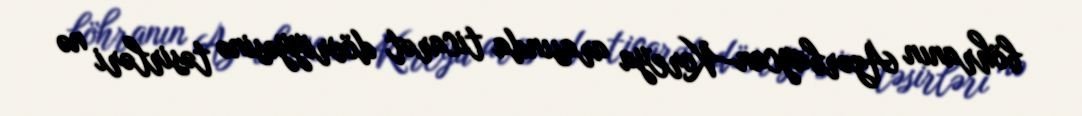
böhranın Azərbaycan-Koreya arasında ticarət dövriyyəsinə təsirləri nə